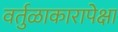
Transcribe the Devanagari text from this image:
वर्तुळाकारापेक्षा